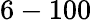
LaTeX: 6-100